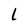
Character: l